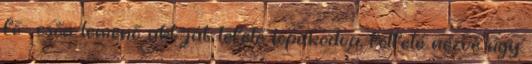
fő- csőn lemenő akt-ját lefelé lopakodva, fölfelé nézve úgy